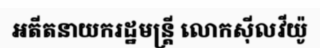
អតីតនាយករដ្ឋមន្ត្រី លោកស៊ីលវីយ៉ូ